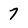
Character: 7